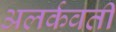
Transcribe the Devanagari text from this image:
अलर्कवती